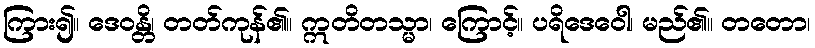
ကြား၍။ ဒေဝန္တိ၊ တတ်ကုန်၏။ ဣတိတသ္မာ၊ ကြောင့်။ ပရိဒေဝေါ၊ မည်၏။ တတော၊